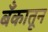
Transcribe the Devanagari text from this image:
बँकातून